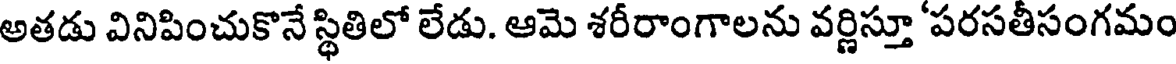
అతడు వినిపించుకొనే స్థితిలో లేడు. ఆమె శరీరాంగాలను వర్ణిస్తూ 'పరసతీసంగమం